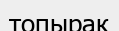
топырақ